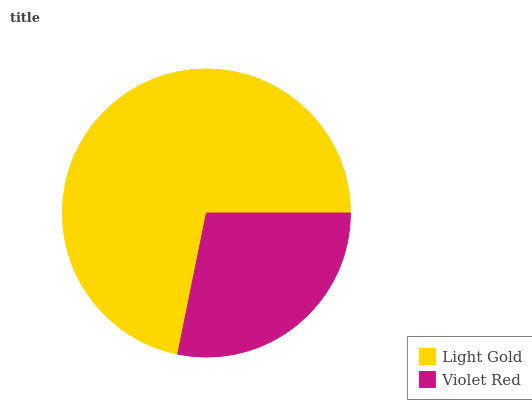
| Light Gold | Violet Red |
 | --- | --- |
 | 71.8% | 28.2% |